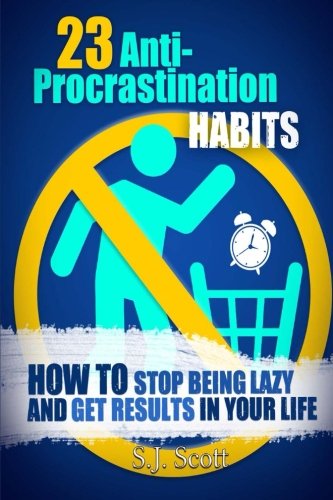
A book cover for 23 Anti-Procrastination Habits: How to Stop Being Lazy and Get Results in Your Life; S.J. Scott; Business & Money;